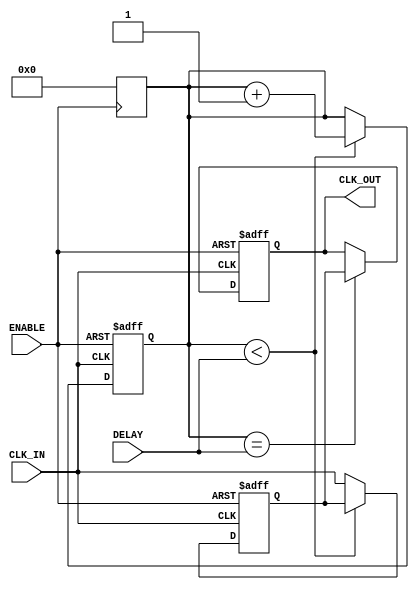
module delay_clock_buffer (
    input wire CLK_IN,         // Input clock signal
    input wire ENABLE,         // Enable signal for the buffer
    input wire [3:0] DELAY,    // Delay control (4-bit for programmable delay)
    output reg CLK_OUT         // Output delayed clock signal
);

    // Parameters for delay settings
    parameter MAX_DELAY = 15;  // Maximum delay value
    reg [3:0] delay_counter;    // Counter for delay implementation
    reg clk_delayed;            // Intermediate delayed clock signal

    // Clock generation for delayed output
    always @(posedge CLK_IN or negedge ENABLE) begin
        if (!ENABLE) begin
            CLK_OUT <= 1'b0;    // Disable output when ENABLE is low
            clk_delayed <= 1'b0; // Reset delayed clock
            delay_counter <= 0;   // Reset delay counter
        end else begin
            // Implementing delay using a counter
            if (delay_counter < DELAY) begin
                delay_counter <= delay_counter + 1; // Increment delay counter
            end else begin
                clk_delayed <= CLK_IN; // Capture the input clock after delay
            end
            
            // Assign delayed clock to output after the specified delay
            if (delay_counter == DELAY) begin
                CLK_OUT <= clk_delayed; // Output the delayed clock
            end
        end
    end

    // Reset delay counter when ENABLE is low
    always @(negedge ENABLE) begin
        delay_counter <= 0; // Reset delay counter
    end

endmodule